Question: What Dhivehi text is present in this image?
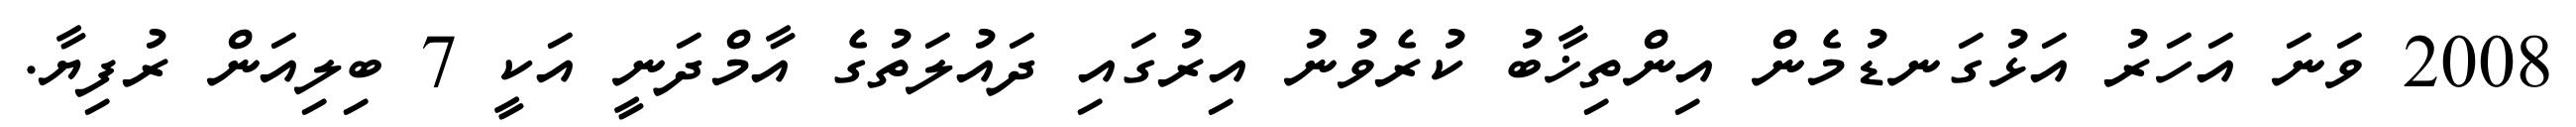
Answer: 2008 ވަނަ އަހަރު އަޅުގަނޑުމެން އިންތިޚާބު ކުރެވުނު އިރުގައި ދައުލަތުގެ އާމްދަނީ އަކީ 7 ބިލިއަން ރުފިޔާ.